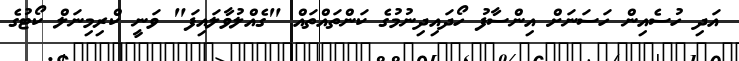
އަދި ހުސެއިން ހަސަނަށް އިންސާފު ހޯދައިދިނުމުގެ ކަންތައްތައް "ގެއްލުވާލައިފަ" ވަނީ ކްރިމިނަލް ކޯޓުގެ